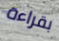
بقراءة